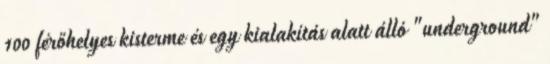
100 férőhelyes kisterme és egy kialakítás alatt álló "underground"